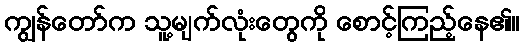
ကျွန်တော်က သူ့မျက်လုံးတွေကို စောင့်ကြည့်နေ၏။